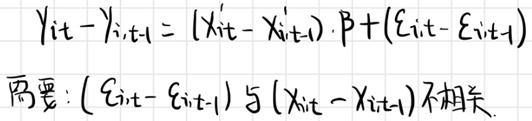
\[
\begin{align*}
Y_{it}-Y_{i,t - 1}&=(X_{it}^\prime - X_{i,t - 1}^\prime)\cdot\beta+(\varepsilon_{i,t}-\varepsilon_{i,t - 1})
\end{align*}
\]
需要：\((\varepsilon_{i,t}-\varepsilon_{i,t - 1})\) 与 \((X_{it}-X_{i,t - 1})\)不相关。